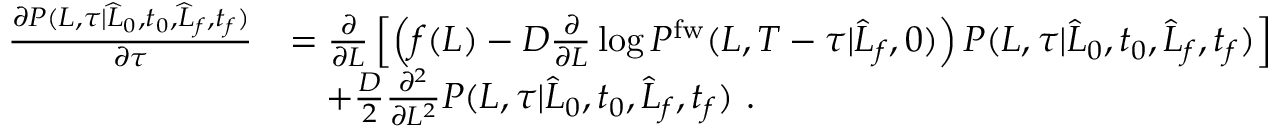
\begin{array} { r l } { \frac { \partial P ( L , \tau | \widehat { L } _ { 0 } , t _ { 0 } , \widehat { L } _ { f } , t _ { f } ) } { \partial \tau } } & { = \frac { \partial } { \partial L } \left[ \left( f ( L ) - D \frac { \partial } { \partial L } \log P ^ { \mathrm { f w } } ( L , T - \tau | \widehat { L } _ { f } , 0 ) \right) P ( L , \tau | \widehat { L } _ { 0 } , t _ { 0 } , \widehat { L } _ { f } , t _ { f } ) \right] } \\ & { \ \ \ + \frac { D } { 2 } \frac { \partial ^ { 2 } } { \partial L ^ { 2 } } P ( L , \tau | \widehat { L } _ { 0 } , t _ { 0 } , \widehat { L } _ { f } , t _ { f } ) \ . } \end{array}